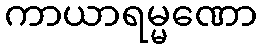
ကာယာရမ္မဏော